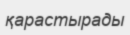
қарастырады